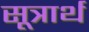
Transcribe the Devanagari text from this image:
सूत्रार्थ